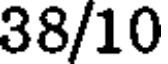
38/10